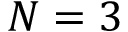
N = 3